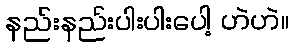
နည်းနည်းပါးပါးပေါ့ ဟဲဟဲ။